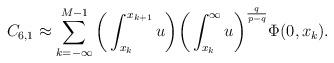
LaTeX: \begin{align*}C_{6,1} &\approx \sum_{k=-\infty}^{M-1} \bigg(\int_{x_k}^{x_{k+1}} u \bigg)\bigg(\int_{x_k}^{\infty} u \bigg)^{\frac{q}{p-q}} \Phi(0,x_k).\end{align*}